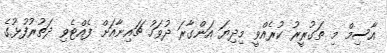
އާސިމް މި ތަގުރީރު ކުރެއްވީ މިދިޔަ އަންގާރަ ދުވަހު ޗައިނާއަށް ފެއްޓެވި ދަތުރުފުޅުގެ